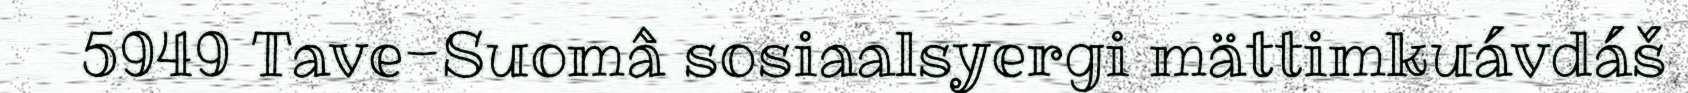
5949 Tave-Suomâ sosiaalsyergi mättimkuávdáš